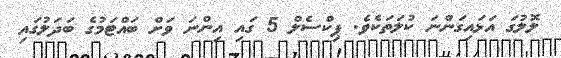
ލޮލުގަ އަޅައިގަންނަ ކުލަތަކެވެ. ޕިކްސެލް 5 ގައި އިންނަ ވަށް ބައްޓަމުގެ ބަދަލުގައި